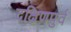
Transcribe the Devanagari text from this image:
दक्षिणपुर्व